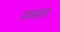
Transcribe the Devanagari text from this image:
स्व्भाव